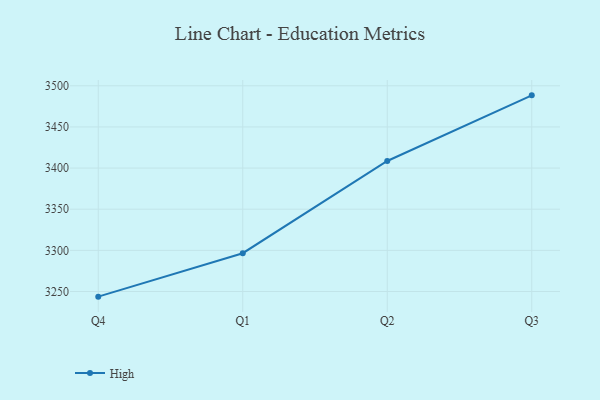
{"axis": {"x": "Quarter", "y": "Active Users"}, "legend": ["High"], "data": [{"x": "Q4", "y": 3243.7, "type": "High"}, {"x": "Q1", "y": 3296.5, "type": "High"}, {"x": "Q2", "y": 3408.6, "type": "High"}, {"x": "Q3", "y": 3488.4, "type": "High"}]}